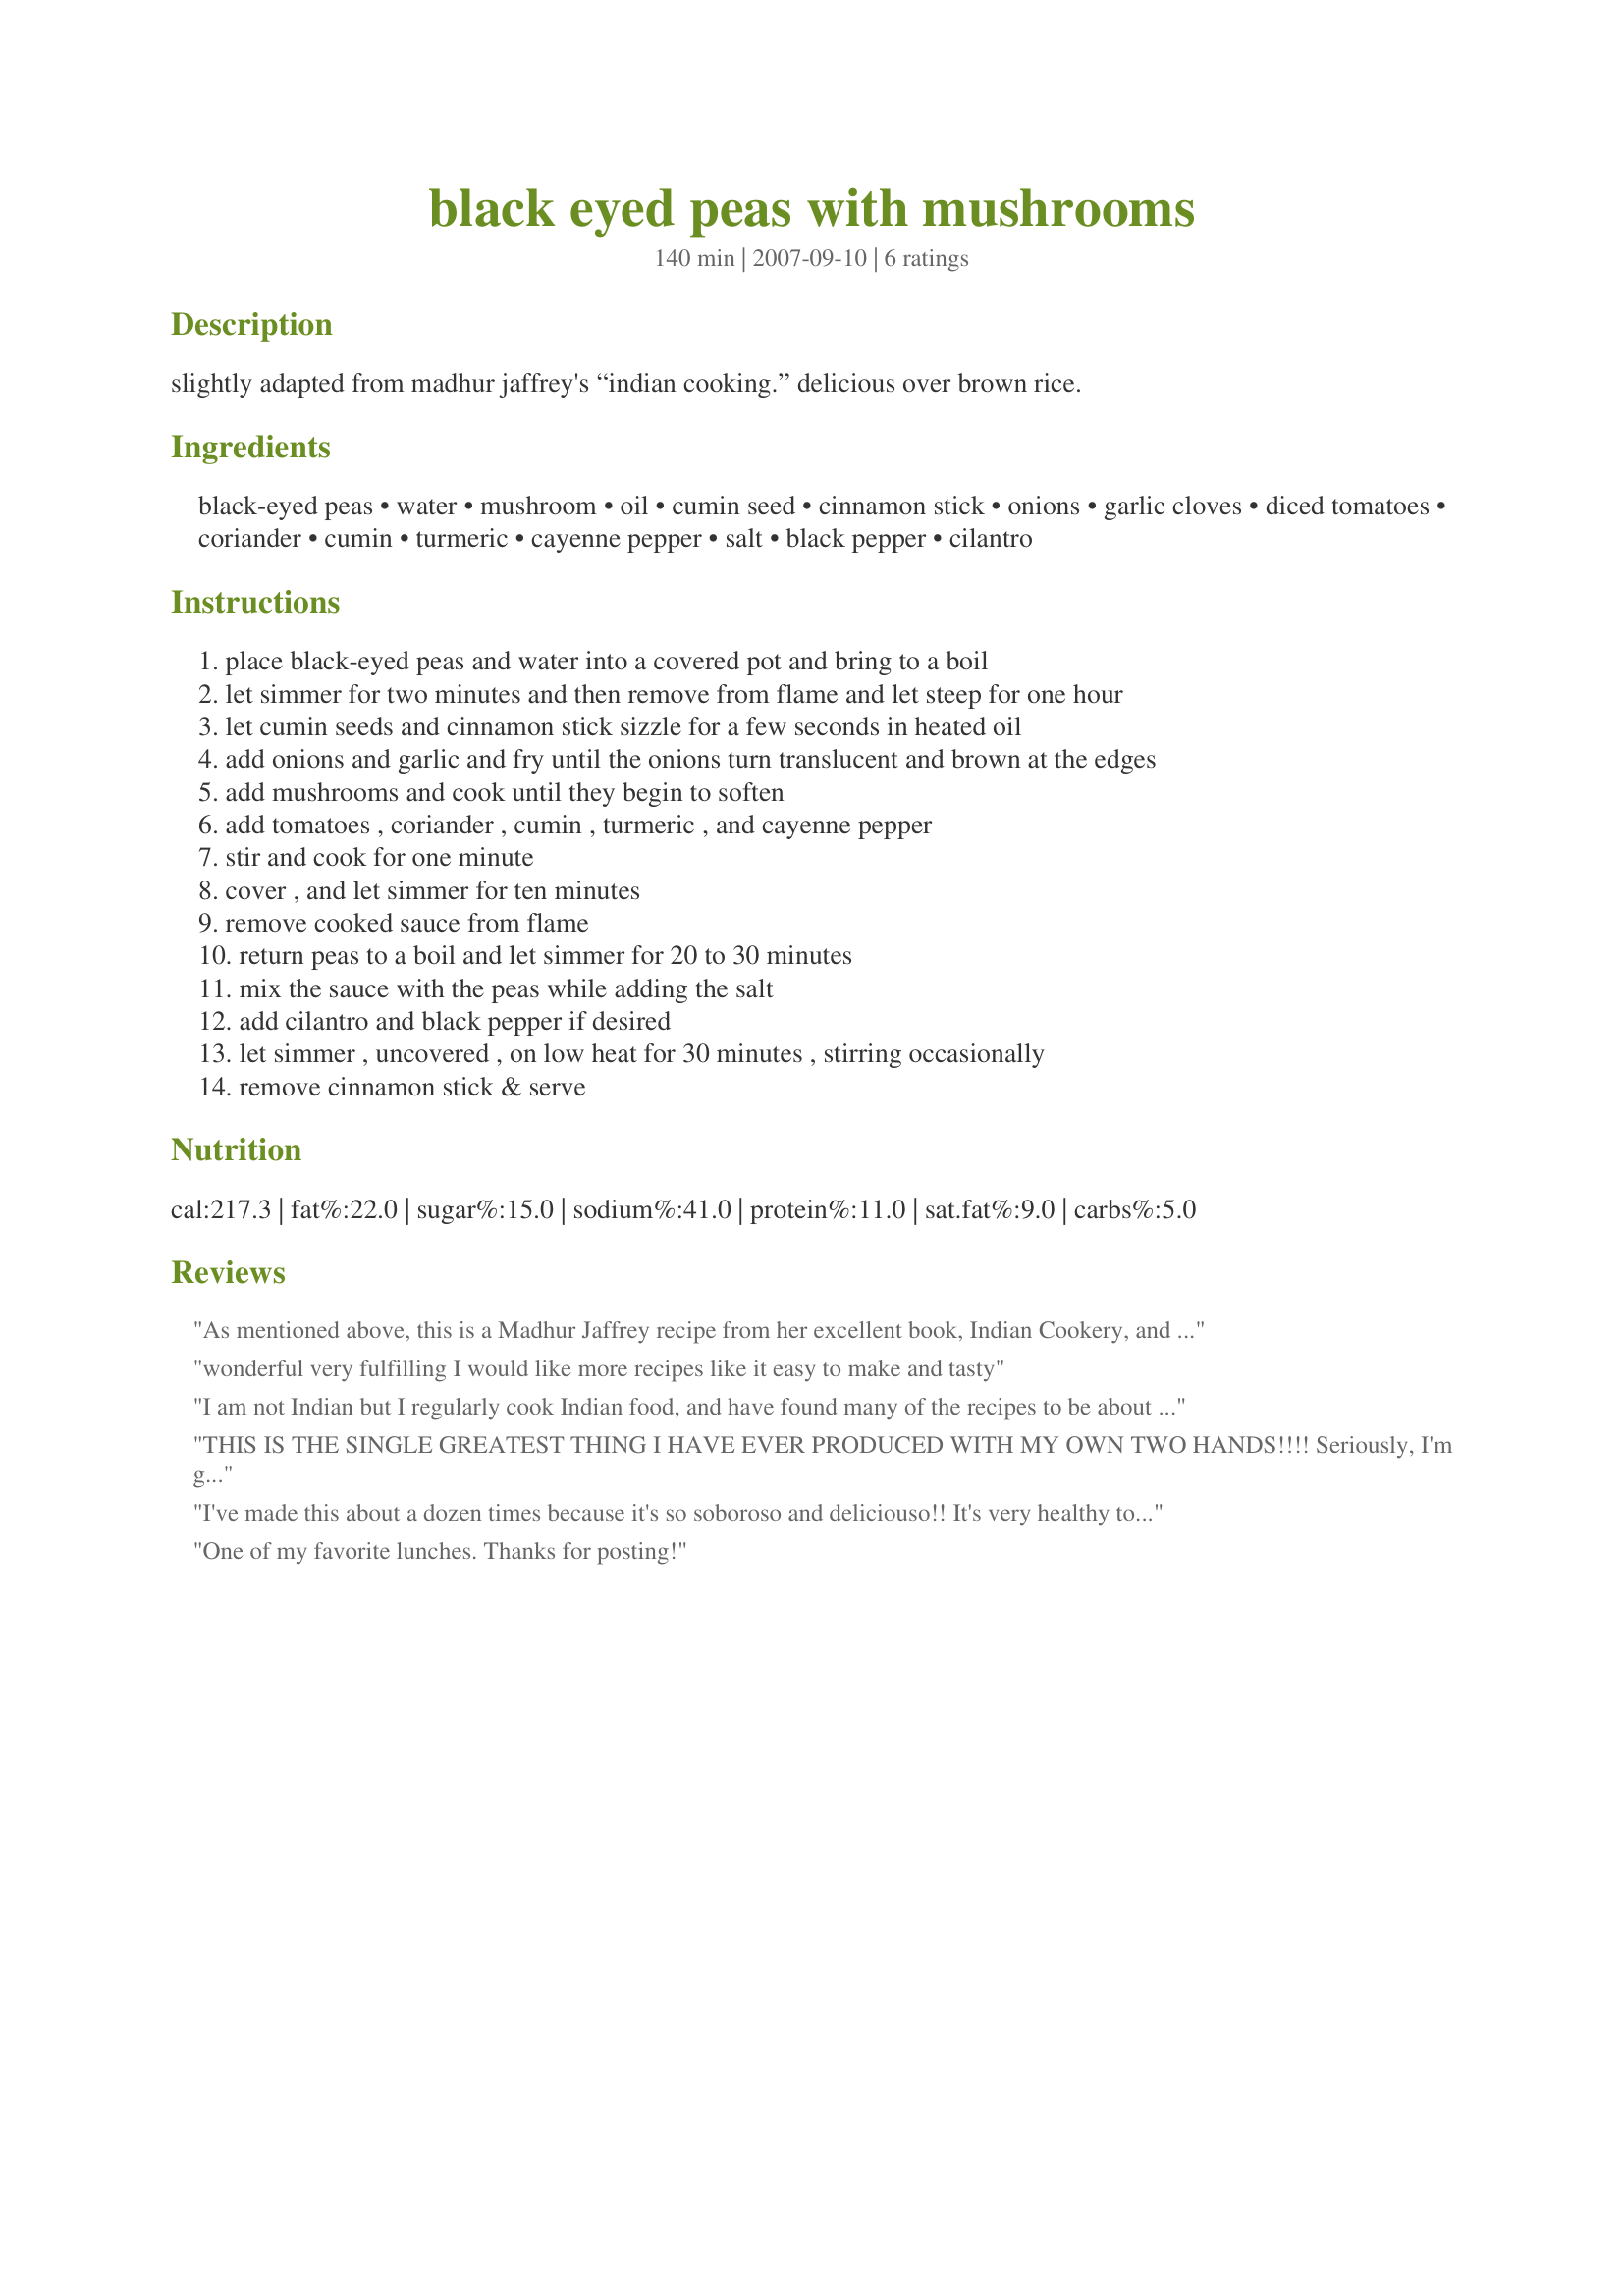
black eyed peas with mushrooms
Preparation time: 140 minutes

slightly adapted from madhur jaffrey's “indian cooking.” delicious over brown rice.

Ingredients:
black-eyed peas, water, mushroom, oil, cumin seed, cinnamon stick, onions, garlic cloves, diced tomatoes, coriander, cumin, turmeric, cayenne pepper, salt, black pepper, cilantro

Steps:
place black-eyed peas and water into a covered pot and bring to a boil
let simmer for two minutes and then remove from flame and let steep for one hour
let cumin seeds and cinnamon stick sizzle for a few seconds in heated oil
add onions and garlic and fry until the onions turn translucent and brown at the edges
add mushrooms and cook until they begin to soften
add tomatoes , coriander , cumin , turmeric , and cayenne pepper
stir and cook for one minute
cover , and let simmer for ten minutes
remove cooked sauce from flame
return peas to a boil and let simmer for 20 to 30 minutes
mix the sauce with the peas while adding the salt
add cilantro and black pepper if desired
let simmer , uncovered , on low heat for 30 minutes , stirring occasionally
remove cinnamon stick & serve

Reviews:
As mentioned above, this is a Madhur Jaffrey recipe from her excellent book, Indian Cookery, and is a companion to her famous BBC cooking series of a few decades back. It was the first cookbook I cooked through and it helped de-mystify Indian cooking for me. This recipe, in particular, really stood out and I've gone to it again and again. I I love the earthiness of the black-eyed peas, the mushrooms are a perfect textural counter-point, and the spice mix is just right - i especially love the cinnamon, which flies almost under the radar but totally adds to the overall dish. And don't skip the cilantro - I can't believe there's people out there who don't like cilantro! This is easy to make and vegans &amp; carnivores enjoy it, making it, making it a good choice for buffets &amp; potlucks etc. Never mind lunches for the week. Thanks for posting. Glad to see others enjoy it as much as I do.
wonderful very fulfilling I would like more recipes like it easy to make and tasty
I am not Indian but I regularly cook Indian food, and have found many of the recipes to be about the same. This one was a cut above. Some changes I made: I added minced ginger along with the garlic and onion. I left out the cilantro and black pepper. I didn't have to cook the beans for as long as the recipe said. They were quite tender after about an hour of simmering--without presoaking. I was confused a bit about the tomatoes. Did "retain the juice" mean to add it to the mix, or drain and retain for later. I ended up adding the juices and that worked out fine. I ate "as is", no rice or bread as I'm on South Beach and this was great, filling and satisfying food.
THIS IS THE SINGLE GREATEST THING I HAVE EVER PRODUCED WITH MY OWN TWO HANDS!!!! Seriously, I'm going to make it again tonight, because my husband was so sad that there is no more in the fridge. Easy, healthy, and oh-so-delicious!!! Please make this if you love Indian food! Oh I forgot to put that I used canned black eyed peas and fresh tomatoes. Also, I did not use the full 6 TB of oil, just enough to coat the bottom of the pan.
I've made this about a dozen times because it's so soboroso and deliciouso!! It's very healthy too. My parents love it too.
One of my favorite lunches. Thanks for posting!
